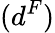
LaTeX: (d^{F})